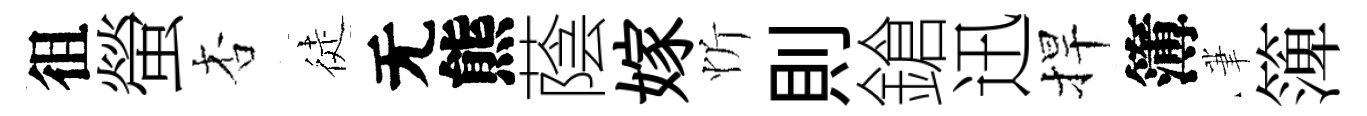
徂螢杏徒无熊蔭嫁忻則鎗迅捍簿茟𥱼